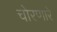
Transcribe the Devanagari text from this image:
चोरणारे